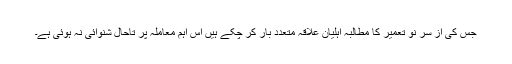
جس کی از سر نو تعمیر کا مطالبہ اہلیان علاقہ متعدد بار کر چکے ہیں اس اہم معاملہ پر تاحال شنوائی نہ ہوئی ہے۔